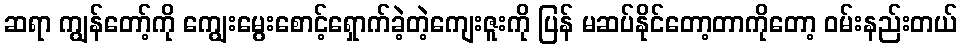
ဆရာ ကျွန်တော့်ကို ကျွေးမွေးစောင့်ရှောက်ခဲ့တဲ့ကျေးဇူးကို ပြန် မဆပ်နိုင်တော့တာကိုတော့ ဝမ်းနည်းတယ်